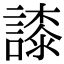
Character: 䜉